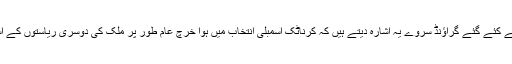
گزشتہ 20 سالوں کے سی ایم ایس کے ذریعے کئے گئے گراؤنڈ سروے یہ اشارہ دیتے ہیں کہ کرناٹک اسمبلی انتخاب میں ہوا خرچ عام طور پر ملک کی دوسری ریاستوں کے اسمبلی انتخاب میں ہوئے خرچ سے زیادہ ہے۔